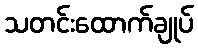
သတင်းထောက်ချုပ်